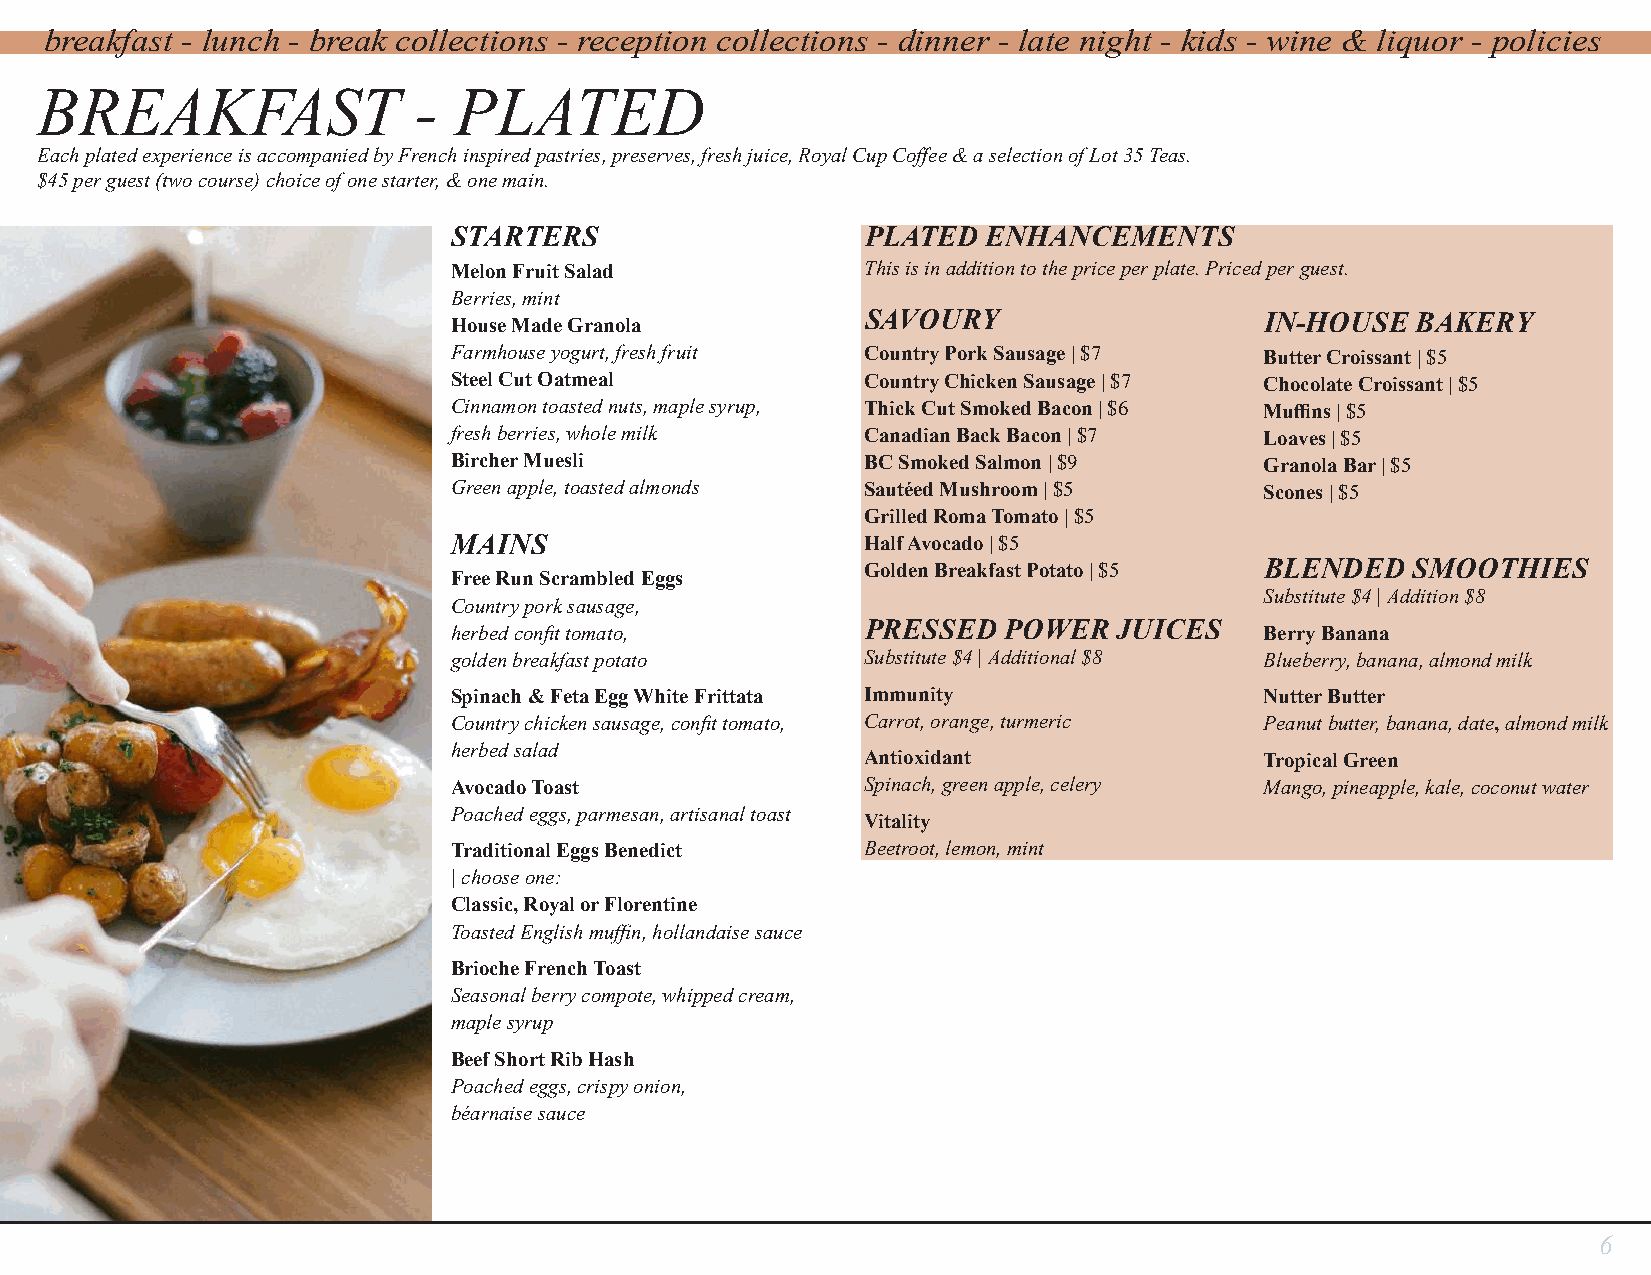
breakfast - lunch - break collections - reception collections - dinner - late night - kids - wine & liquor - policies
 BREAKFAST                -  PLATED
 Each plated experience is accompanied by French inspired pastries, preserves, fresh juice, Royal Cup Coffee & a selection of Lot 35 Teas.
 $45 per guest (two course) choice of one starter, & one main.
 STARTERS                   PLATED  ENHANCEMENTS
 Melon Fruit Salad          This is in addition to the price per plate. Priced per guest.
 Berries, mint
 House Made Granola         SAVOURY                    IN-HOUSE  BAKERY
 Farmhouse yogurt, fresh fruit Country Pork Sausage | $7 Butter Croissant | $5
 Steel Cut Oatmeal          Country Chicken Sausage | $7 Chocolate Croissant | $5
 Cinnamon toasted nuts, maple syrup, Thick Cut Smoked Bacon | $6 Muffins | $5
 fresh berries, whole milk  Canadian Back Bacon | $7   Loaves | $5
 Bircher Muesli             BC Smoked Salmon | $9      Granola Bar | $5
 Green apple, toasted almonds Sautéed Mushroom | $5    Scones | $5
 Grilled Roma Tomato | $5
 MAINS                      Half Avocado | $5
 Golden Breakfast Potato | $5 BLENDED SMOOTHIES
 Free Run Scrambled Eggs
 Substitute $4 | Addition $8
 Country pork sausage,
 herbed confit tomato,      PRESSED  POWER   JUICES    Berry Banana
 golden breakfast potato    Substitute $4 | Additional $8 Blueberry, banana, almond milk
 Spinach & Feta Egg White Frittata Immunity            Nutter Butter
 Country chicken sausage, confit tomato, Carrot, orange, turmeric Peanut butter, banana, date, almond milk
 herbed salad
 Antioxidant                Tropical Green
 Avocado Toast              Spinach, green apple, celery Mango, pineapple, kale, coconut water
 Poached eggs, parmesan, artisanal toast
 Vitality
 Traditional Eggs Benedict  Beetroot, lemon, mint
 | choose one:
 Classic, Royal or Florentine
 Toasted English muffin, hollandaise sauce
 Brioche French Toast
 Seasonal berry compote, whipped cream,
 maple syrup
 Beef Short Rib Hash
 Poached eggs, crispy onion,
 béarnaise sauce
 6